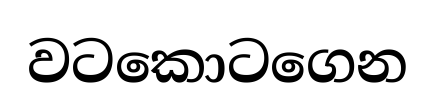
වටකොටගෙන